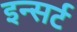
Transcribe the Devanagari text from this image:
इन्सर्ट